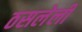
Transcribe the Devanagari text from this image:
ठसलेली